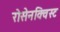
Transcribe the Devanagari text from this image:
रोसेनक्विस्ट